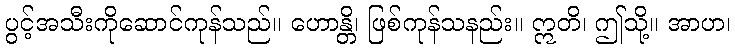
ပွင့်အသီးကိုဆောင်ကုန်သည်။ ဟောန္တိ၊ ဖြစ်ကုန်သနည်း။ ဣတိ၊ ဤသို့။ အာဟ၊